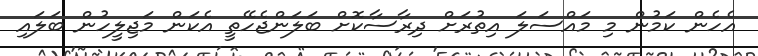
އެހެން ކަމުން މި މައްސަލަ އިތުރަށް ދިރާސާކޮށް ބަލަންޖެހޭތީ އެކަން މަޖިލީހުން ބަލައި